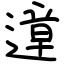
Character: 遧